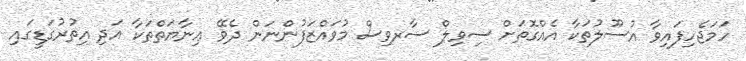
ހަމަޖެހިފައިވާ އުސޫލުތަކާ އެއްގޮތަށް ސިވިލް ސާރވިސް މުވައްޒަފުންނަން ދެވޭ ޢިނާޔަތްތަކާ އަދި އިތުރުގަޑީގައި